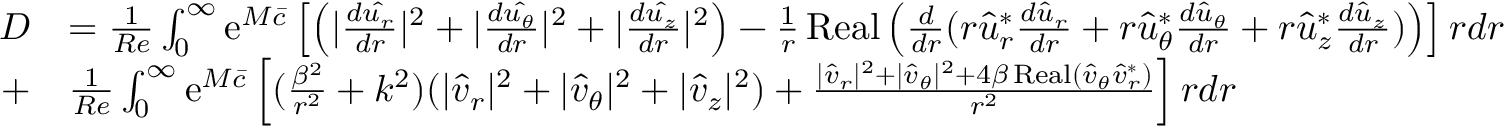
\begin{array} { r l } { D } & { = \frac { 1 } { R e } \int _ { 0 } ^ { \infty } \mathrm { e } ^ { M \bar { c } } \left[ \left( | \frac { d \hat { u _ { r } } } { d r } | ^ { 2 } + | \frac { d \hat { u _ { \theta } } } { d r } | ^ { 2 } + | \frac { d \hat { u _ { z } } } { d r } | ^ { 2 } \right) - \frac { 1 } { r } \operatorname { R e a l } \left( \frac { d } { d r } ( r \hat { u } _ { r } ^ { * } \frac { d \hat { u } _ { r } } { d r } + r \hat { u } _ { \theta } ^ { * } \frac { d \hat { u } _ { \theta } } { d r } + r \hat { u } _ { z } ^ { * } \frac { d \hat { u } _ { z } } { d r } ) \right) \right] r d r } \\ { + } & { \frac { 1 } { R e } \int _ { 0 } ^ { \infty } \mathrm { e } ^ { M \bar { c } } \left[ ( \frac { \beta ^ { 2 } } { r ^ { 2 } } + k ^ { 2 } ) ( | \hat { v } _ { r } | ^ { 2 } + | \hat { v } _ { \theta } | ^ { 2 } + | \hat { v } _ { z } | ^ { 2 } ) + \frac { | \hat { v } _ { r } | ^ { 2 } + | \hat { v } _ { \theta } | ^ { 2 } + 4 \beta \operatorname { R e a l } ( \hat { v } _ { \theta } \hat { v } _ { r } ^ { * } ) } { r ^ { 2 } } \right] r d r } \end{array}